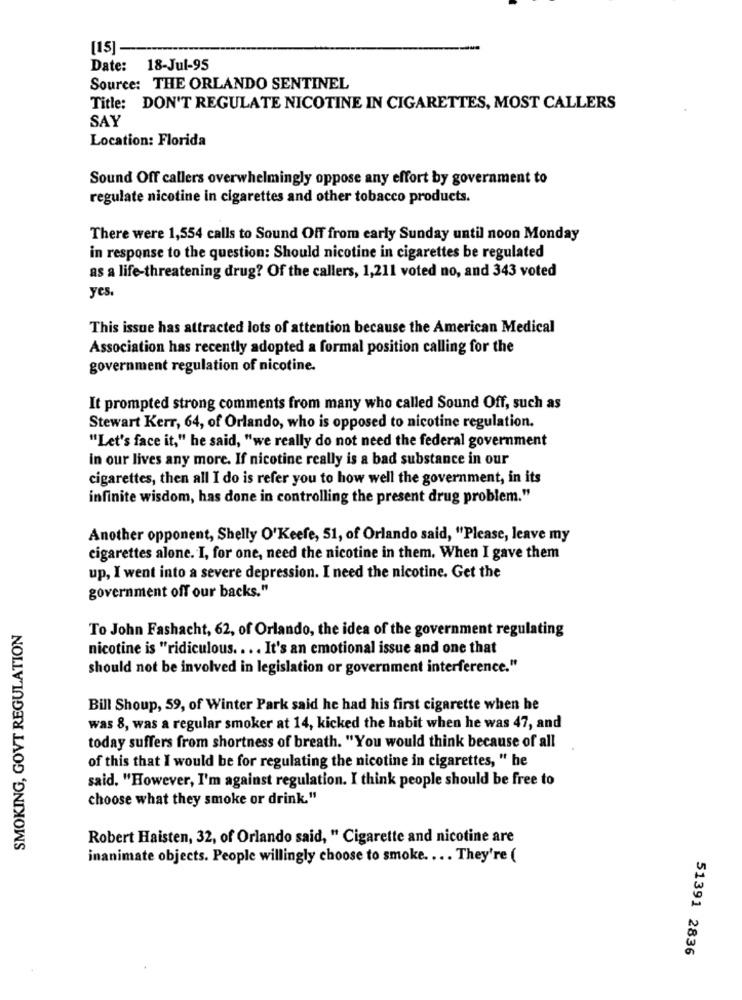
[15]-
Date: 18-Jul-95
Source: THE ORLANDO SENTINEL
Title: DON'T REGULATE NICOTINE IN CIGARETTES, MOST CALLERS
SAY
Location: Florida
Sound Off callers overwhelmingly oppose any effort by government to
regulate nicotine in cigarettes and other tobacco products.
There were 1,554 calls to Sound Off from early Sunday until noon Monday
in response to the question: Should nicotine in cigarettes be regulated
as a life-threatening drug? Of the callers, 1,211 voted no, and 343 voted
yes.
This issue has attracted lots of attention because the American Medical
Association has recently adopted a formal position calling for the
government regulation of nicotine.
It prompted strong comments from many who called Sound Off, such as
Stewart Kerr, 64, of Orlando, who is opposed to nicotine regulation.
"Let's face it," he said, "we really do not need the federal government
in our lives any more. If nicotine really is a bad substance in our
cigarettes, then all I do is refer you to how well the government, in its
infinite wisdom, has done in controlling the present drug problem."
Another opponent, Shelly O'Keefe, 51, of Orlando said, "Please, leave my
cigarettes alone. I, for one, need the nicotine in them. When I gave them
up, I went into a severe depression. I need the nicotine. Get the
government off our backs."
SMOKING, GOVT REGULATION
To John Fashacht, 62, of Orlando, the idea of the government regulating
nicotine is "ridiculous. ... It's an emotional issue and one that
should not be involved in legislation or government interference."
Bill Shoup, 59, of Winter Park said he had his first cigarette when he
was 8, was a regular smoker at 14, kicked the habit when he was 47, and
today suffers from shortness of breath. "You would think because of all
of this that I would be for regulating the nicotine in cigarettes, " he
said. "However, I'm against regulation. I think people should be free to
choose what they smoke or drink."
Robert Haisten, 32, of Orlando said, " Cigarette and nicotine are
inanimate objects. People willingly choose to smoke. ... They're (
51391 2836